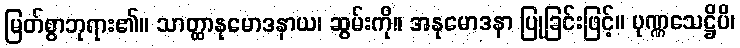
မြတ်စွာဘုရား၏။ သာတ္ထာနုမောဒနာယ၊ ဆွမ်းကို။ အနုမောဒနာ ပြုခြင်းဖြင့်။ ပုဏ္ဏသေဋ္ဌိပိ၊